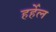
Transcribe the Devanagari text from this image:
हर्हेल